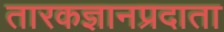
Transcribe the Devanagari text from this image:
तारकज्ञानप्रदाता